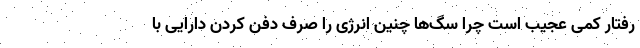
رفتار کمی عجیب است چرا سگ‌ها چنین انرژی را صرف دفن کردن دارایی با